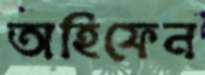
অহিফেন